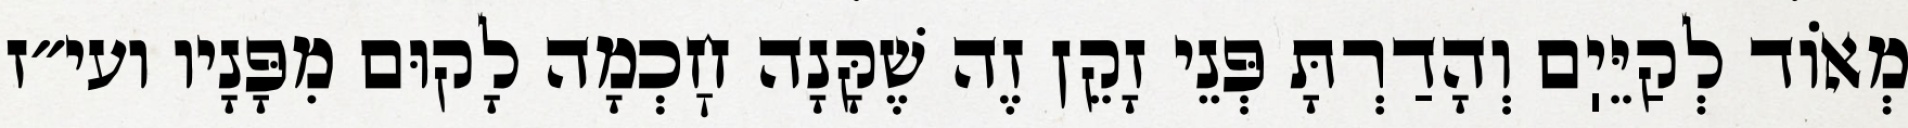
מְאוֹד לְקַיֵּיֽם וְהָדַרְתָּ פְּנֵי זָקֵן זֶה שֶׁקָּנָה חׇכְמָה לָקוּם מִפָּנָיו ועי״ז